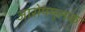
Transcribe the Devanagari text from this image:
आरोपमूलक